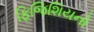
ફિજિશિયનો